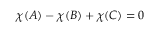
\chi ( A ) - \chi ( B ) + \chi ( C ) = 0